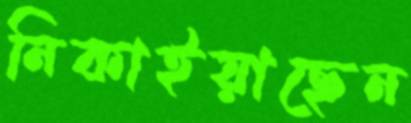
নিকাইয়াছেন